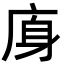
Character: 𢈯